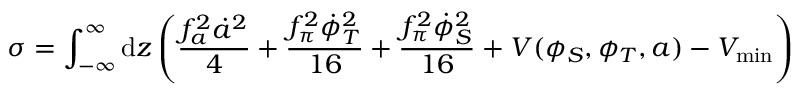
\sigma = \int _ { - \infty } ^ { \infty } \mathrm { d } z \left( \frac { f _ { a } ^ { 2 } \dot { a } ^ { 2 } } { 4 } + \frac { f _ { \pi } ^ { 2 } \dot { \phi } _ { T } ^ { 2 } } { 1 6 } + \frac { f _ { \pi } ^ { 2 } \dot { \phi } _ { S } ^ { 2 } } { 1 6 } + V ( \phi _ { S } , \phi _ { T } , a ) - V _ { \mathrm { m i n } } \right)